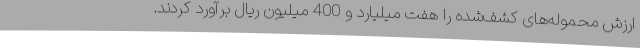
ارزش محموله‌های کشف‌شده را هفت میلیارد و 400 میلیون ریال برآورد کردند.